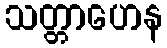
သတ္တာဟေန